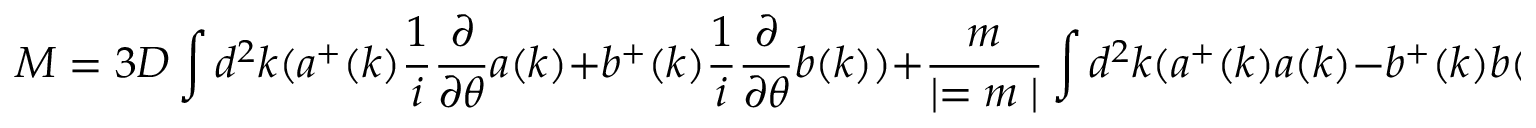
M = 3 D \int d ^ { 2 } k ( a ^ { + } ( k ) { \frac { 1 } { i } } { \frac { \partial } { \partial \theta } } a ( k ) + b ^ { + } ( k ) { \frac { 1 } { i } } { \frac { \partial } { \partial \theta } } b ( k ) ) + { \frac { m } { \mid = m \mid } } \int d ^ { 2 } k ( a ^ { + } ( k ) a ( k ) - b ^ { + } ( k ) b ( k ) ) ,